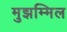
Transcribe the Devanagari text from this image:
मुझम्मिल